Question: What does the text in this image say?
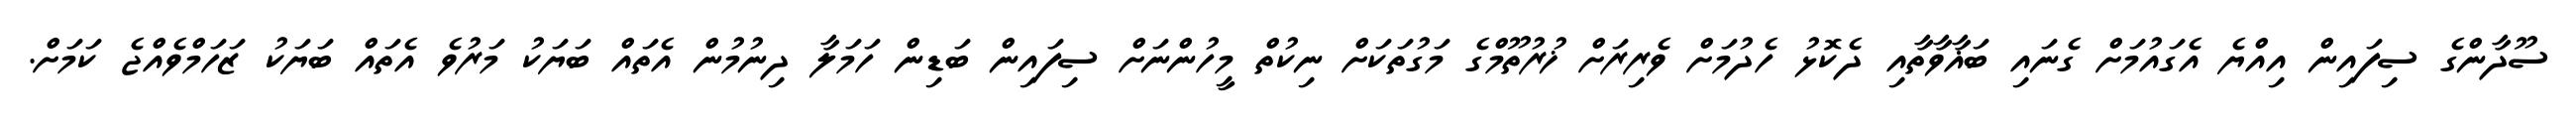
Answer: ސޫދާންގެ ސިފައިން އިއްޔެ އެގައުމަށް ގެނައި ބަޣާވާތާއި ދެކޮޅު ހެދުމަށް ވެރިރަށް ޚުރުތޫމްގެ މަގުތަކަށް ނިކުތް މީހުންނަށް ސިފައިން ބަޑިން ހަމަލާ ދިނުމުން އެތައް ބަޔަކު މަރުވެ އެތައް ބަޔަކު ޒަހަމްވެއްޖެ ކަމަށް.